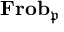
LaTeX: \mathbf { F r o b } _ { \mathfrak { p } }